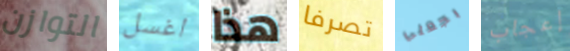
التوازن اغسل هذا تصرفا بجعلي إعجاب